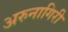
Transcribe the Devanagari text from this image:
अरुनागिरी